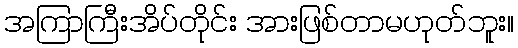
အကြာကြီးအိပ်တိုင်း အားဖြစ်တာမဟုတ်ဘူး။